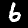
Label: 6